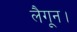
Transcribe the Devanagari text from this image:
लैगून।